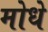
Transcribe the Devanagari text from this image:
मोधे